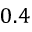
0 . 4